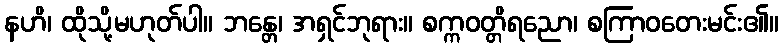
နဟိ၊ ထိုသို့မဟုတ်ပါ။ ဘန္တေ၊ အရှင်ဘုရား။ စက္ကဝတ္တိရညော၊ စကြာဝတေးမင်း၏။